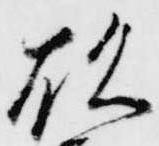
欲